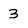
Character: 3